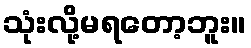
သုံးလို့မရတော့ဘူး။